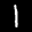
Label: 1